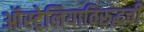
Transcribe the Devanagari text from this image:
ऑस्ट्रेलियाविरुद्धची